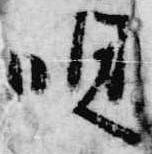
唄